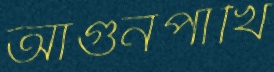
আগুনপাখি